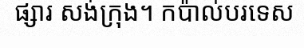
ផ្សារ សង់ក្រុង។ កប៉ាល់បរទេស